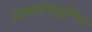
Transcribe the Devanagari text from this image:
लोकसमजुतीचा